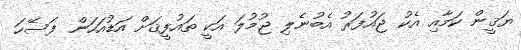
ޔަޤީން ކަމާއި އެކު ޖައުފަރު އެބުނެލި ޖުމުލަ އަކީ ތައުފީޤަށް އަޑުއަހަން ފަސޭހަ